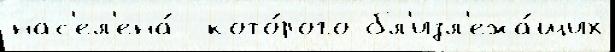
нас'ел'ена́  кото́рого бл'изл'ежа́щих